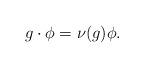
LaTeX: \begin{align*}g\cdot\phi = \nu(g)\phi.\end{align*}